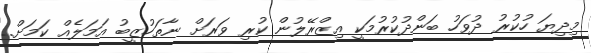
މިދިޔަ ހުކުރު ދުވަހު ބަންދުކުރުމަކީ އިޒްރޭލުން ކުރި ވަރަށް ނާތަހުޒީބު އަމަލެއް ކަމަށް..